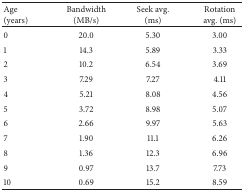
<table><thead><tr><td><b>Age (years) </b></td><td><b>Bandwidth (MB/s) </b></td><td><b>Seek avg. (ms) </b></td><td><b>Rotation avg. (ms)</b></td></tr></thead><tbody><tr><td> 0 </td><td> 20.0 </td><td> 5.30 </td><td> 3.00 </td></tr><tr><td>1 </td><td> 14.3 </td><td> 5.89 </td><td> 3.33 </td></tr><tr><td>2 </td><td> 10.2 </td><td> 6.54 </td><td> 3.69 </td></tr><tr><td>3 </td><td> 7.29 </td><td> 7.27 </td><td> 4.11 </td></tr><tr><td>4 </td><td> 5.21 </td><td> 8.08 </td><td> 4.56 </td></tr><tr><td>5 </td><td> 3.72 </td><td> 8.98 </td><td> 5.07 </td></tr><tr><td>6 </td><td> 2.66 </td><td> 9.97 </td><td> 5.63 </td></tr><tr><td>7 </td><td> 1.90 </td><td> 11.1 </td><td> 6.26 </td></tr><tr><td>8 </td><td> 1.36 </td><td> 12.3 </td><td> 6.96 </td></tr><tr><td>9 </td><td> 0.97 </td><td> 13.7 </td><td> 7.73 </td></tr><tr><td>10 </td><td> 0.69 </td><td> 15.2 </td><td> 8.59 </td></tr></tbody></table>